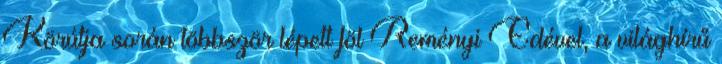
Körútja során többször lépett föl Reményi Edével, a világhírű